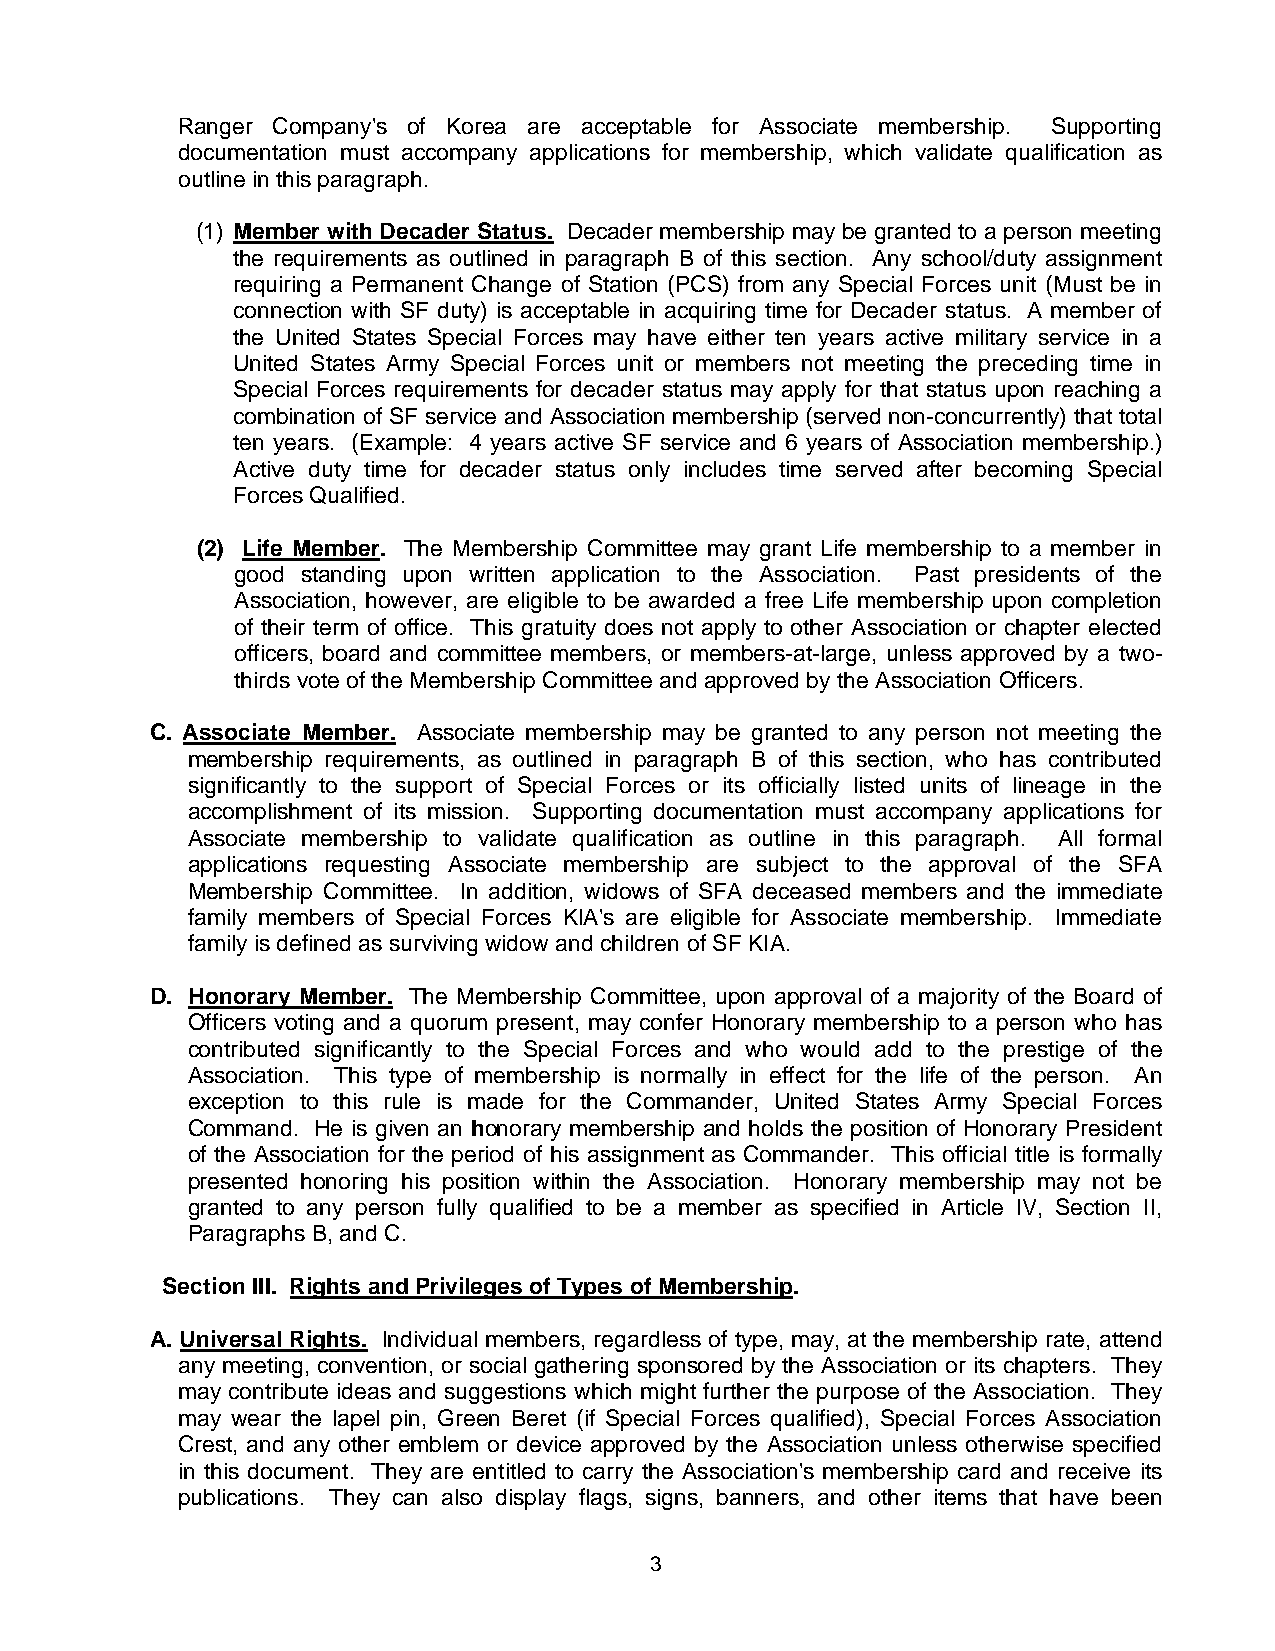
Ranger Company's of Korea are acceptable for Associate membership. Supporting
 documentation must accompany applications for membership, which validate qualification as
 outline in this paragraph.
 (1) Member with Decader Status. Decader membership may be granted to a person meeting
 the requirements as outlined in paragraph B of this section. Any school/duty assignment
 requiring a Permanent Change of Station (PCS) from any Special Forces unit (Must be in
 connection with SF duty) is acceptable in acquiring time for Decader status. A member of
 the United States Special Forces may have either ten years active military service in a
 United States Army Special Forces unit or members not meeting the preceding time in
 Special Forces requirements for decader status may apply for that status upon reaching a
 combination of SF service and Association membership (served non-concurrently) that total
 ten years. (Example: 4 years active SF service and 6 years of Association membership.)
 Active duty time for decader status only includes time served after becoming Special
 Forces Qualified.
 (2) Life Member. The Membership Committee may grant Life membership to a member in
 good standing upon written application to the Association. Past presidents of the
 Association, however, are eligible to be awarded a free Life membership upon completion
 of their term of office. This gratuity does not apply to other Association or chapter elected
 officers, board and committee members, or members-at-large, unless approved by a two-
 thirds vote of the Membership Committee and approved by the Association Officers.
 C. Associate Member. Associate membership may be granted to any person not meeting the
 membership requirements, as outlined in paragraph B of this section, who has contributed
 significantly to the support of Special Forces or its officially listed units of lineage in the
 accomplishment of its mission. Supporting documentation must accompany applications for
 Associate membership to validate qualification as outline in this paragraph. All formal
 applications requesting Associate membership are subject to the approval of the SFA
 Membership Committee. In addition, widows of SFA deceased members and the immediate
 family members of Special Forces KlA's are eligible for Associate membership. Immediate
 family is defined as surviving widow and children of SF KIA.
 D. Honorary Member. The Membership Committee, upon approval of a majority of the Board of
 Officers voting and a quorum present, may confer Honorary membership to a person who has
 contributed significantly to the Special Forces and who would add to the prestige of the
 Association. This type of membership is normally in effect for the life of the person. An
 exception to this rule is made for the Commander, United States Army Special Forces
 Command. He is given an honorary membership and holds the position of Honorary President
 of the Association for the period of his assignment as Commander. This official title is formally
 presented honoring his position within the Association. Honorary membership may not be
 granted to any person fully qualified to be a member as specified in Article IV, Section II,
 Paragraphs B, and C.
 Section III. Rights and Privileges of Types of Membership.
 A. Universal Rights. Individual members, regardless of type, may, at the membership rate, attend
 any meeting, convention, or social gathering sponsored by the Association or its chapters. They
 may contribute ideas and suggestions which might further the purpose of the Association. They
 may wear the lapel pin, Green Beret (if Special Forces qualified), Special Forces Association
 Crest, and any other emblem or device approved by the Association unless otherwise specified
 in this document. They are entitled to carry the Association's membership card and receive its
 publications. They can also display flags, signs, banners, and other items that have been
 3